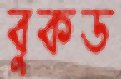
বুকড